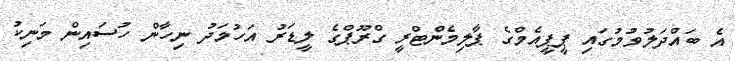
އެ ބައްދަލުވުމުގައި ޕީޕީއެމްގެ ޕާލިމެންޓްރީ ގްރޫޕްގެ ލީޑަރު އަހުމަދު ނިހާން ހުސައިން މަނިކު